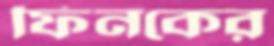
ফিনকের